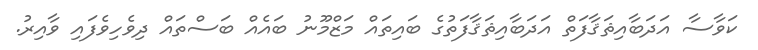
ކަވާސާ އަދަބާއިޘަޤާފަތް އަދަބާއިޘަޤާފަތުގެ ބައިތައް މަޒްމޫނު ބައެއް ބަސްތައް ދިވެހިވެފައި ވާއިރު.